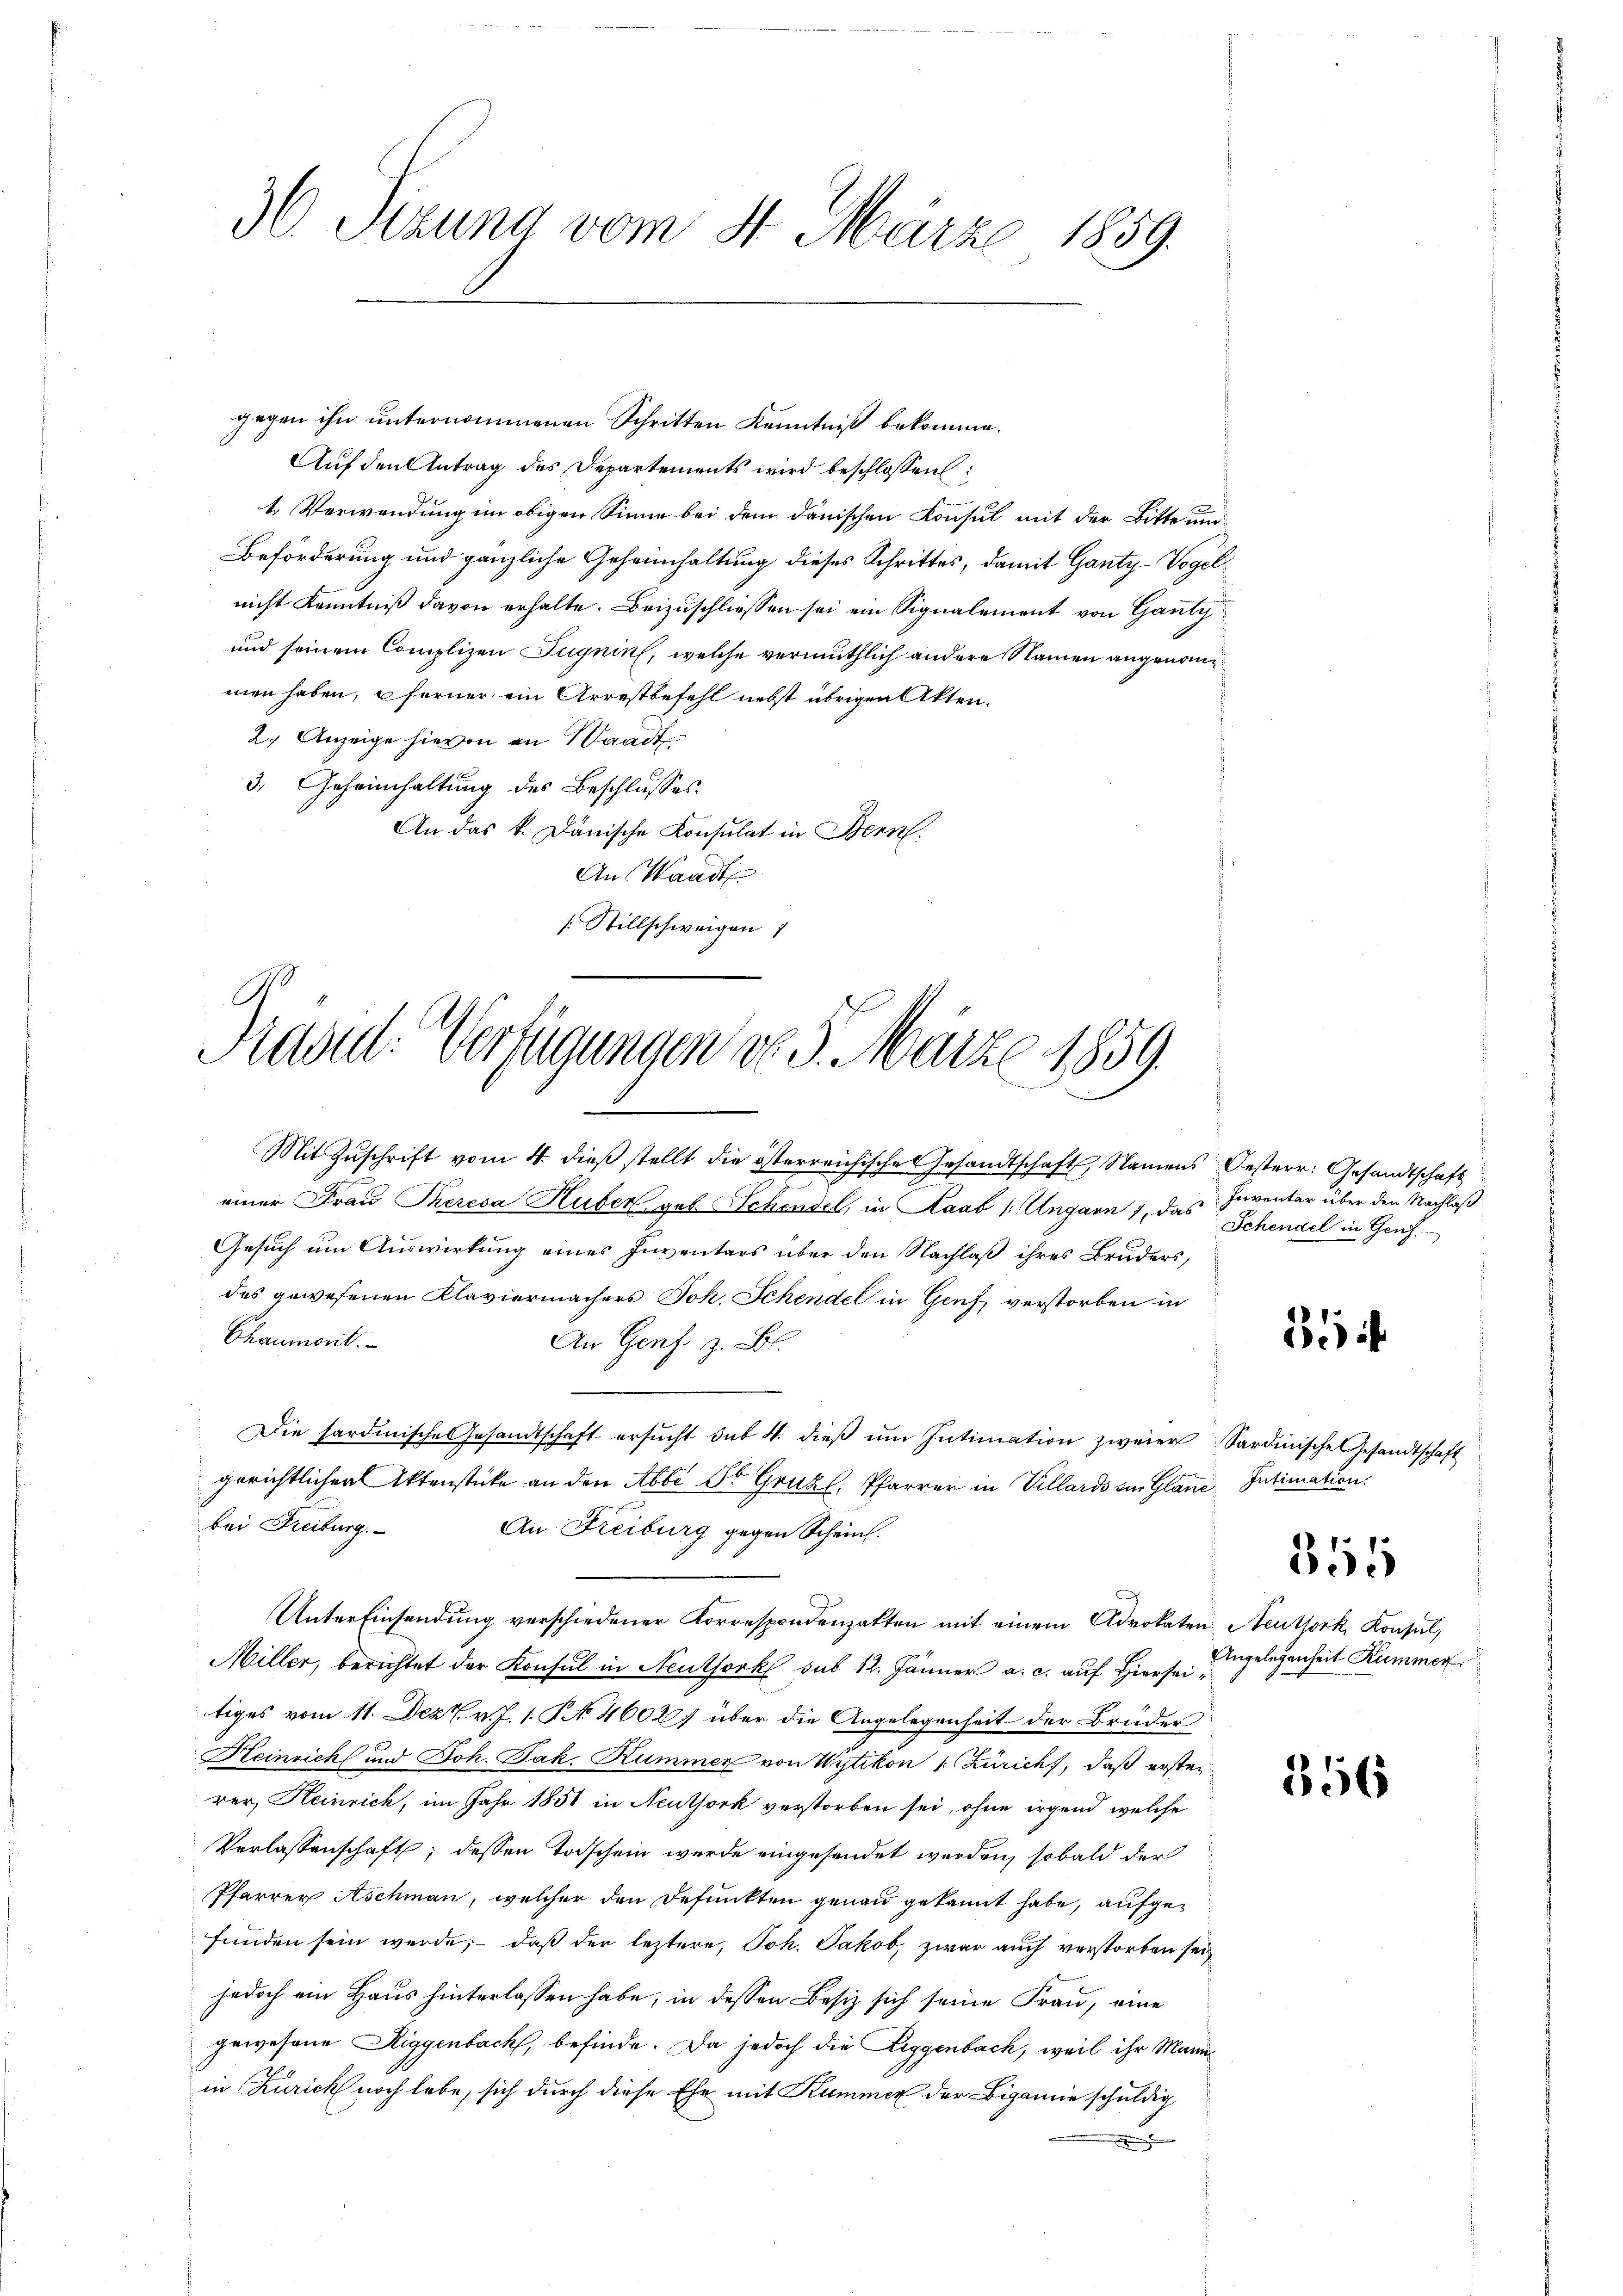
36 Sezung vom 31. März 1859.

Prüse Verfügungen do 5. März 1859.
s

gegen ihn unternommenen Schritten Kenntniß bekomme.
Auf den Antrag des Departements wird beschlossen
1. Verwendung im obigen Sinne bei dem dänischen Konsul mit der Bitte und
Beförderung und gänzliche Geheimhaltung dieses Schrittes, damit Ganty-Vogelnicht Kenntniß davon erhalte. Beizuschliessen sei ein Signalement von Ganty
und seinem Complizen Zugnin, welche vermuthlich andere Namen angenommen haben, ferner ein Arrestbefehl nebst übrigen Akten.
2. Anzeige hievon an Waadt
3.) Geheimhaltung des Beschlusses.
An das k. Dänische Konsulat in Bern.
An Waadt
[Stillschweigen 1

einer Frau Theresa Huber geb. Schendel, in Haab 1: Ungarn 7, das Inventar über den Nachlaß
Gesuch um Auswirkung eines Inventars über den Nachlaß ihres Bruders,
des gewesenen Klaviermachers Joh. Schendel in Genf, verstorben in
Chaumont.
An Genf z. B.
Die sardische Gesandtschaft ersŭcht sub 4. dieβ ŭm Intimation zweier Sardinische Gesandtschaft
gerichtlichen Aktenstücke an den Abbi St. Graz, Pfarrer in Villards ain Glane Intimation
bei Freiburg.
An Freiburg gegen Schein.
Unter Einsendung verschiedener Korrespondenhalten mit einem Advokaten Neuthork, Konsul,
Miller, berichtet der Konsul in Neuthork sub 12. Jänner a. c. auf Hiersei
tiges vom 11. Dez. v. J. 1. No. 4608 über die Angelegenheit der Brüder
Heinrich und Joh. Jak. Kummer von Wytikon Züricht, daß ersten
rer, Heinrich, im Jahr 1851 in Neuthork verstorben sei, ohne irgend welche
Verlassenschaft; dessen Todschein werde eingesendet werden, sobald der
Pfarrer Aschmann, welcher den Defunkten genau gekannt habe, aufgefunden sein werde; daß der leztere, Joh. Jakob, zwar auch verstorben sei,
jedoch ein Haus hinterlassen habe, in dessen Besiz sich seine Frau, eine
gewesene Riggenbach, befinde. Da jedoch die Leggenbach, weil ihr Mannin Zürich noch lebe, sich durch diese Ehe mit Kummer der Bigamie schuldig

Mit Zŭschrift vom 4. dieβ stellt die österreichische Gesandtschaft, Namens Oesterr. Gesandtschaft

Schendel in Genf.

81

355

Angelegenheit Kummer

356